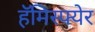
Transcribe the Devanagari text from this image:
हॅमिस्फ्येर